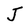
Character: J